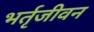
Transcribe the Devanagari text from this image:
भर्तृजीवन